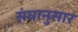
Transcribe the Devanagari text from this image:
संघानुसार